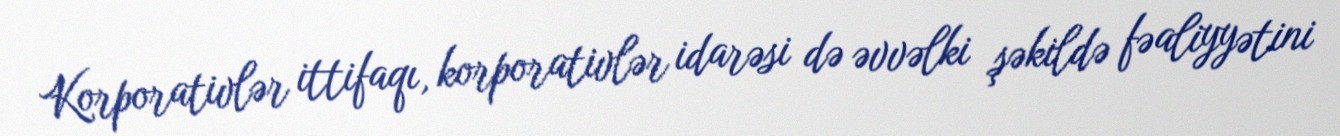
Korporativlər ittifaqı, korporativlər idarəsi də əvvəlki şəkildə fəaliyyətini